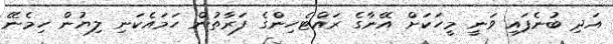
އަދި ބުނެފައި ވަނީ މީހަކަށް އޭނާގެ ރައްޓެހިންގެ ފަރާތުން ހަމައެކަނި ލިޔުން ހިމެނޭ